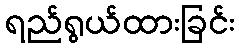
ရည်ရွယ်ထားခြင်း